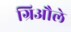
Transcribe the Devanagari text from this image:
ग्रिऔले